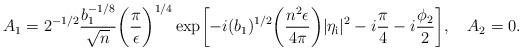
LaTeX: \begin{align*}A_1=2^{-1/2}\frac{b_1^{-1/8}}{\sqrt{n}}\biggl(\frac{\pi }{\epsilon }\biggr)^{1/4}\exp \biggl[-i(b_1)^{1/2}\biggl(\frac{n^2\epsilon }{4\pi }\biggr)\vert \eta _{\rm i}\vert ^2-i\frac{\pi }{4}-i\frac{\phi _2}{2}\biggr], \quad A_2=0.\end{align*}